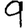
Digit: 9